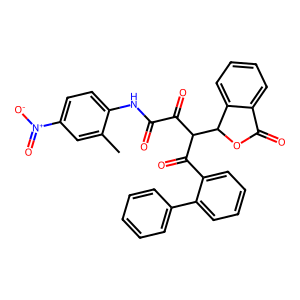
SMILES: Cc1cc([N+](=O)[O-])ccc1NC(=O)C(=O)C(C(=O)c1ccccc1-c1ccccc1)C1OC(=O)c2ccccc21
Inhibits HIV replication: No